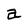
Character: a